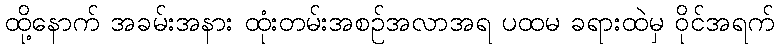
ထို့နောက် အခမ်းအနား ထုံးတမ်းအစဉ်အလာအရ ပထမ ခရားထဲမှ ဝိုင်အရက်